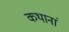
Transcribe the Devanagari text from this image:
कथानां